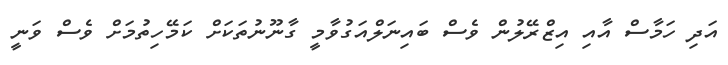
އަދި ހަމާސް އާއި އިޒްރޭލުން ވެސް ބައިނަލްއަގުވާމީ ގާނޫނުތަކަށް ކަމޭހިތުމަށް ވެސް ވަނީ